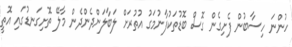
ހުންނަ ހިސާބުން ފެށިގެން ގޮސް ބޮޑުތަކުފާނުމަގު އުތުރަށް ލަބާލަންދެންދެން މާލޭ ތޮށިގަނޑުގައި އޮތީ